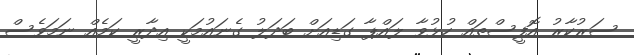
ސަރުކާރު އޮފީސްތައް ހުޅުވާ ލައްޕާ ގަޑިއަށް ބަދަލު ގެނައުމަކީ އިދާރީ ކަމެއް ނަމަވެސް